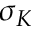
\sigma _ { K }